Document type: Sale
Year: 1440
Scribe: Pere Pau Pujades
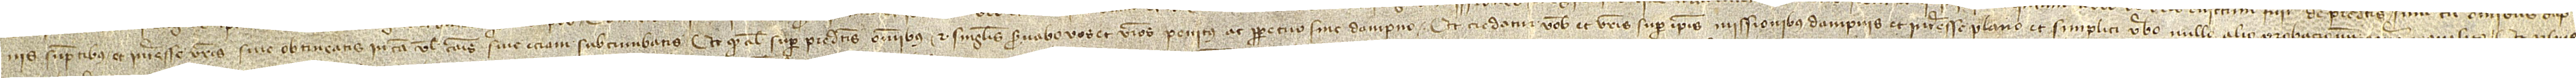
nis, sumptibus et interesse vestros sive obtineatis in causa vel causas sive etiam subcumbatis; et quod alias super predictis omnibus et singulis servabo vos et vestros penitus ac perpetuo sine dampno. Et credatur vobis et vestris super ipsis missionibus, dampnis et interesse plano et simplici verbo, nullo alio probacionum genere requisito. Et pro hiis